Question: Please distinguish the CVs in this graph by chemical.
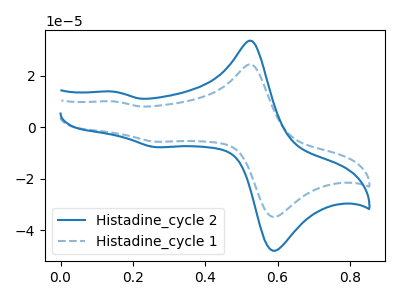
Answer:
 <answer>The blue curve is labeled "Histadine_cycle 2". The blue dashed curve is labeled "Histadine_cycle 1".</answer>
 <eval></eval>